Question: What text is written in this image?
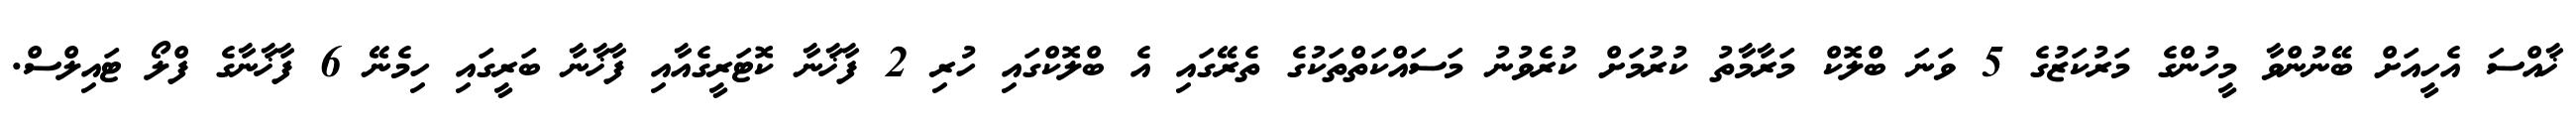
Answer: ޚާއްސަ އެހީއަށް ބޭނުންވާ މީހުންގެ މަރުކަޒުގެ 5 ވަނަ ބްލޮކް މަރާމާތު ކުރުމަށް ކުރެވުނު މަސައްކަތްތަކުގެ ތެރޭގައި އެ ބްލޮކްގައި ހުރި 2 ފާޚާނާ ކޮޓަރީގެއާއި ފާޚާނާ ބަރީގައި ހިމެނޭ 6 ފާޚާނާގެ ފްލޯ ޓައިލްސް.